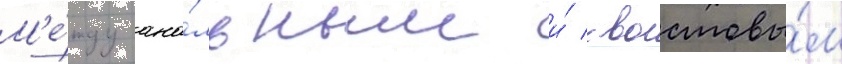
М'е́жду ана́льным и́ хвостовы́м